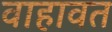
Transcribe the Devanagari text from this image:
वाहावत